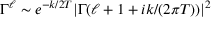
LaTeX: \Gamma ^ { \ell } \sim e ^ { - k / 2 T } | \Gamma ( \ell + 1 + i k / ( 2 \pi T ) ) | ^ { 2 }